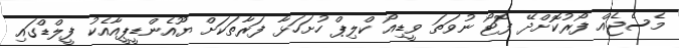
މެސެޖެއް ފޯރުކޮށްދޭ ފޮޓޯ ނުވަތަ ވީޑިއޯ ކްލިޕް ހުށަހަޅާ ފަރާތަކަށް ޔޫއެންޑީޕީއާއެކު ފީލްޑްގައި